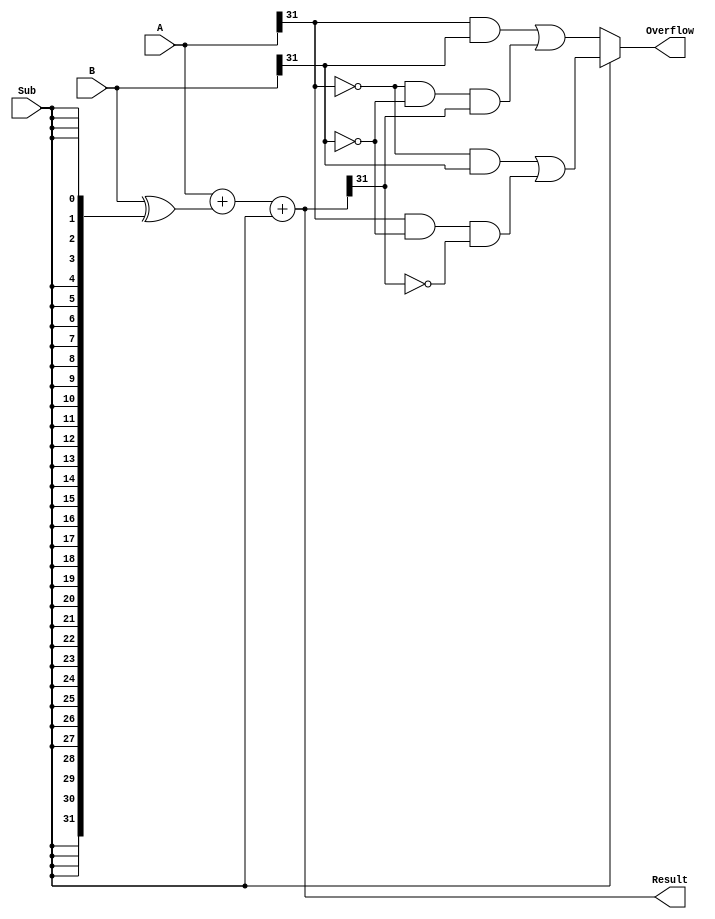
module Cal32(A, B, Sub, Result, Overflow);
    input [31:0] A, B;
    input Sub;
    output [31:0] Result;
    output Overflow;

    assign Result = A + (B^{32{Sub}}) + Sub;
    assign Overflow = Sub == 0 ? (A[31] & B[31]) | (~A[31] & ~B[31] & Result[31]):(~A[31] & B[31]) | (A[31] & ~B[31] & ~Result[31]);


endmodule